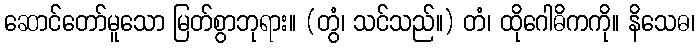
ဆောင်တော်မူသော မြတ်စွာဘုရား။ (တွံ၊ သင်သည်။) တံ၊ ထိုဂေါဓိကကို။ နိသေဓ၊